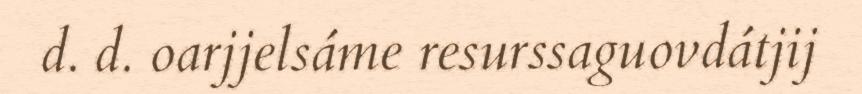
d. d. oarjjelsáme resurssaguovdátjij